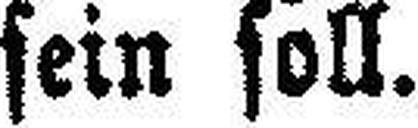
sein soll.